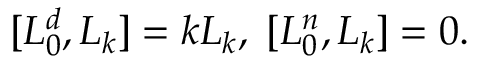
[ L _ { 0 } ^ { d } , L _ { k } ] = k L _ { k } , \; [ L _ { 0 } ^ { n } , L _ { k } ] = 0 .